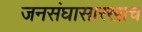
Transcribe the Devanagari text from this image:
जनसंघासारखाच